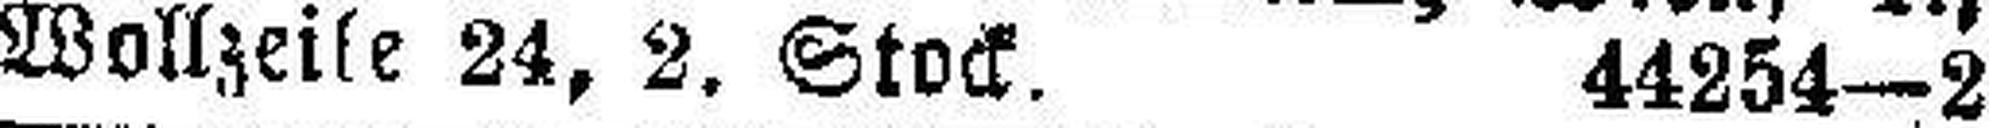
Wollzeile 24, 2. Stock. 44254—2